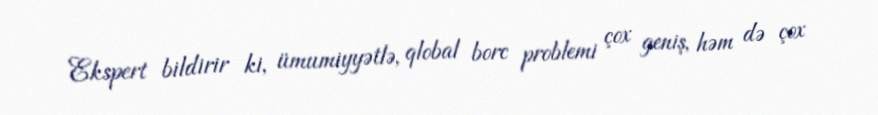
Ekspert bildirir ki, ümumiyyətlə, qlobal borc problemi çox geniş, həm də çox